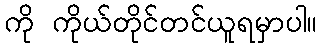
ကို ကိုယ်တိုင်တင်ယူရမှာပါ။